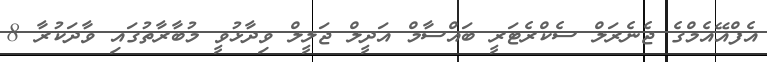
އެފްއޭއެމްގެ ޖެނެރަލް ސެކްރެޓަރީ ބައްސާމް އަދީލް ޖަލީލް ވިދާޅުވީ މުބާރާތުގައި ވާދަކުރާ 8